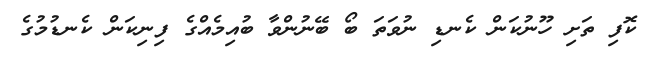
ކޮފި ތަށި ހޫނުކަން ކެނޑި ނުވަތަ ބޯ ބޭނުންވާ ބުއިމެއްގެ ފިނިކަން ކެނޑުމުގެ